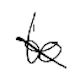
Text: to
Cross-out: diagonal
Writing tool: digital_black